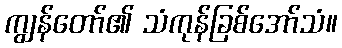
ကျွန်တော်၏ သံကုန်ခြစ်အော်သံ။